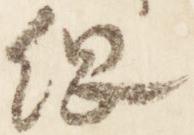
綱